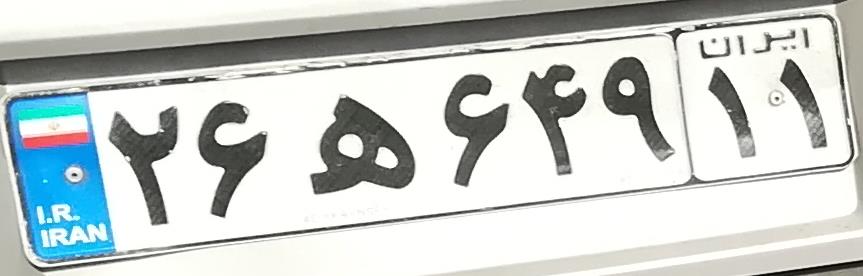
۲۶ه۶۴۹۱۱